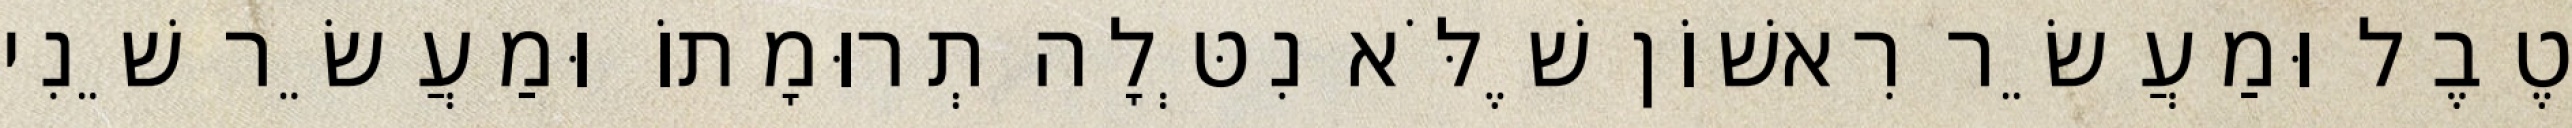
טֶבֶל וּמַעֲשֵׂר רִאשׁוֹן שֶׁלֹּא נִטְּלָה תְרוּמָתוֹ וּמַעֲשֵׂר שֵׁנִי